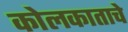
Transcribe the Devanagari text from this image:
कोलकाताचे